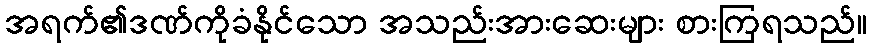
အရက်၏ဒဏ်ကိုခံနိုင်သော အသည်းအားဆေးများ စားကြရသည်။